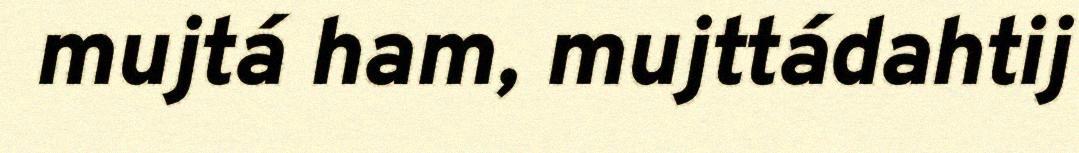
mujtá ham, mujttádahtij